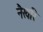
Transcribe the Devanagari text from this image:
नैखरि